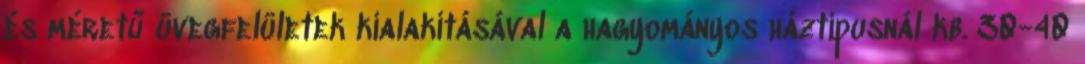
és méretű üvegfelületek kialakításával a hagyományos háztípusnál kb. 30-40